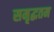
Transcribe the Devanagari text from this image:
समृद्धतम